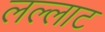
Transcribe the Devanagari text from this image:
लल्लाट